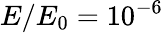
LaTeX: E/E_{0}=10^{-6}